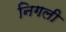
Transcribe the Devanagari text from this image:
निगली